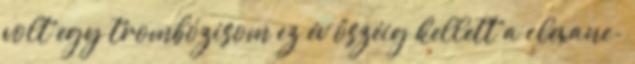
volt egy trombózisom ez év őszéig kellett a clexane-